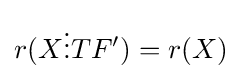
r(X\vdots TF')=r(X)